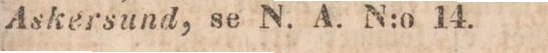
Askersund, se N. A. N:o 14.